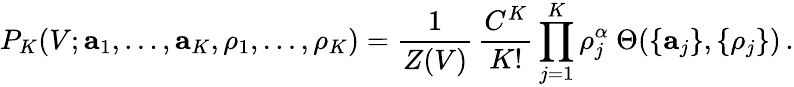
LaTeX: P_{K}(V;{\mathbf a}_{1},\ldots,{\mathbf a}_{K},\rho_{1},\ldots,\rho_{K})=\frac{1}{Z(V)}\, \frac{C^{K}}{K!}\prod_{j=1}^{K}\rho_{j}^{\alpha}\ \Theta(\{ {\mathbf a}_{j}\} ,\{ \rho_{j}\} )\, .